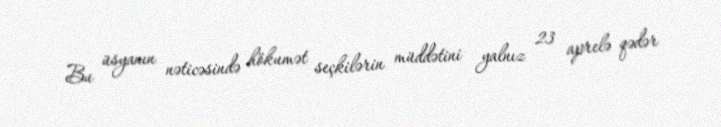
Bu üsyanın nəticəsində hökumət seçkilərin müddətini yalnız 23 aprelə qədər